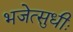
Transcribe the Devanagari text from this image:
भजेत्सुधीः